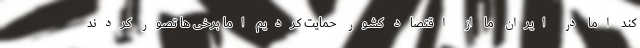
کند اما در ایران ما از اقتصاد کشور حمایت کردیم اما برخی ها تصور کردند